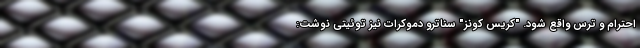
احترام و ترس واقع شود. "کریس کونز" سناترو دموکرات‌ نیز توئیتی نوشت: